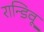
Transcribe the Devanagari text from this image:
रान्डिवू